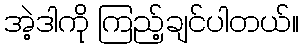
အဲ့ဒါကို ကြည့်ချင်ပါတယ်။